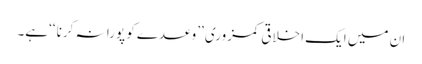
ان میں ایک اخلاقی کمزوری ’’وعدے کو پورا نہ کرنا ‘‘ہے۔